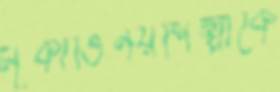
মূকাভিনয়শিল্পীকে